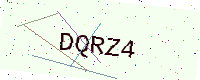
Text: DQRZ4